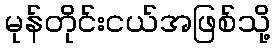
မုန်တိုင်းငယ်အဖြစ်သို့